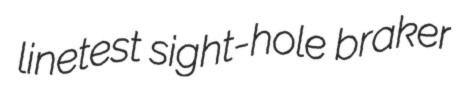
linetest sight-hole braker